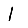
Digit: 1